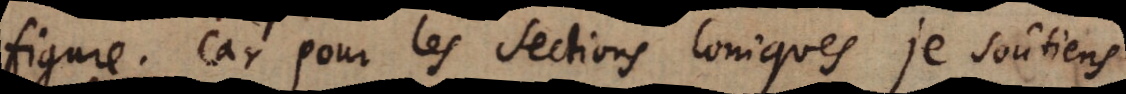
figure. Car pour les sections Coniques je soutiens